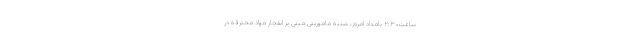
ساعت۲:۳۰ بامداد امروز، شنبه ماموریتی مبنی بر انفجار مواد محترقه در